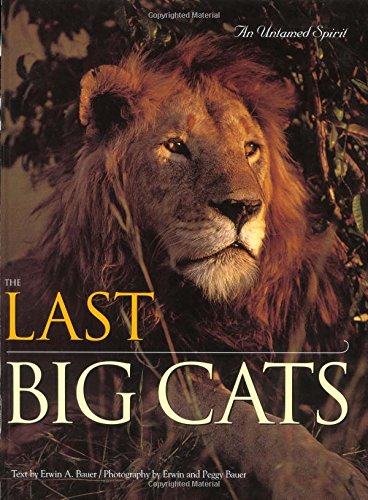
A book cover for The Last Big Cats: An Untamed Spirit; Erwin A. Bauer; Sports & Outdoors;